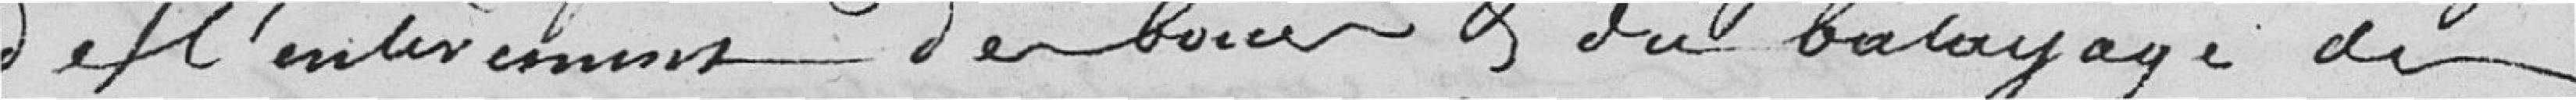
de l'enlèvement des boues et du balayage des